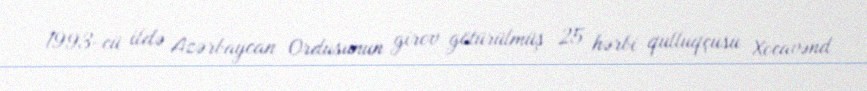
1993-cü ildə Azərbaycan Ordusunun girov götürülmüş 25 hərbi qulluqçusu Xocavənd